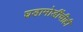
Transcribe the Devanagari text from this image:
घडामोडींचीही